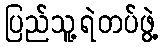
ပြည်သူ့ရဲတပ်ဖွဲ့